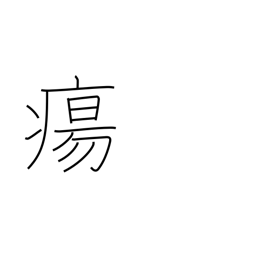
Meaning: swelling